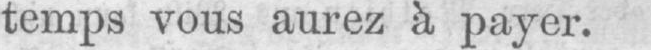
temps vous aurez à payer.